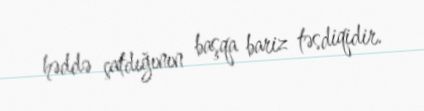
həddə çatdığının başqa bariz təsdiqidir.